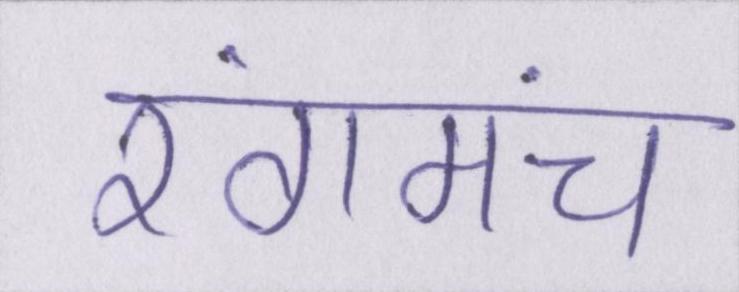
रंगमंच